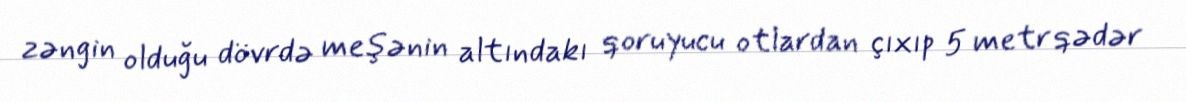
zəngin olduğu dövrdə meşənin altındakı qoruyucu otlardan çıxıp 5 metr qədər